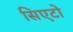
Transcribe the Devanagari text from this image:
सिएटो